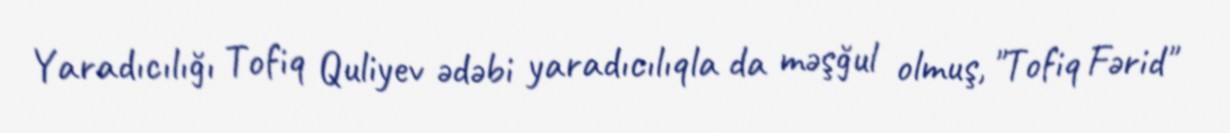
Yaradıcılığı Tofiq Quliyev ədəbi yaradıcılıqla da məşğul olmuş, "Tofiq Fərid"